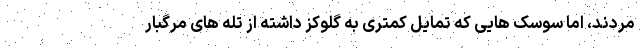
مردند، اما سوسک هایی که تمایل کمتری به گلوکز داشته از تله های مرگبار